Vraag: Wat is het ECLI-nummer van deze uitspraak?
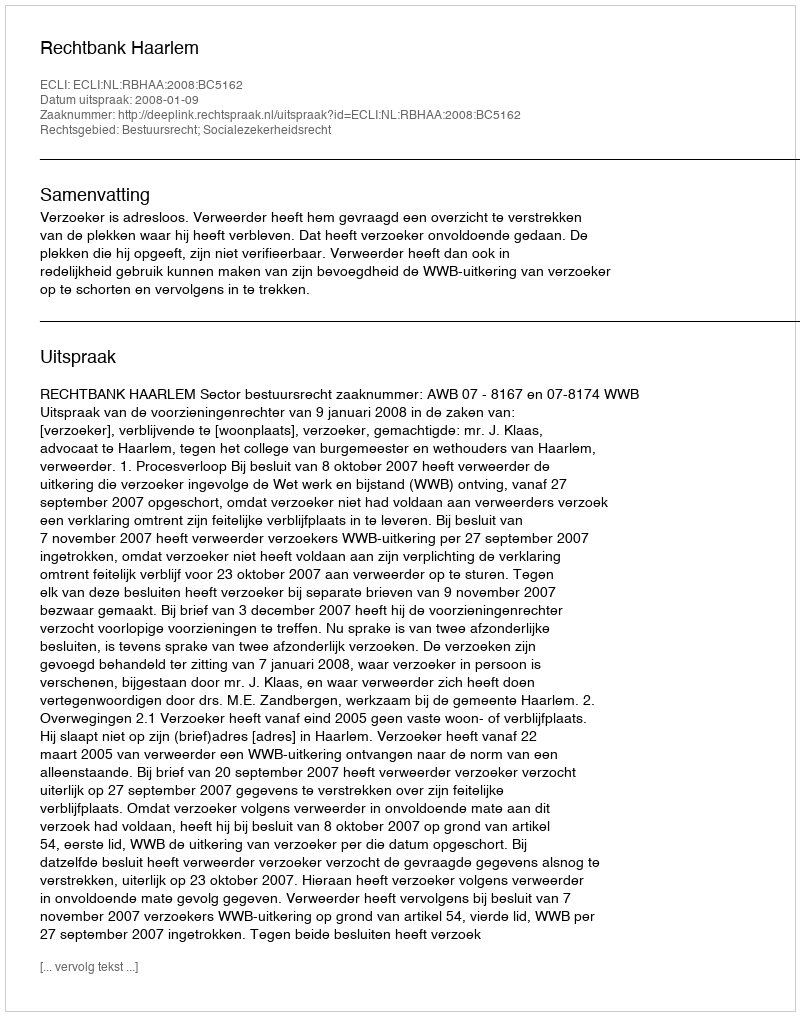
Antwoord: ECLI:NL:RBHAA:2008:BC5162